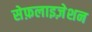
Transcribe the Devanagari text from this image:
सेफ़लाइज़ेशन